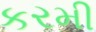
કરમી